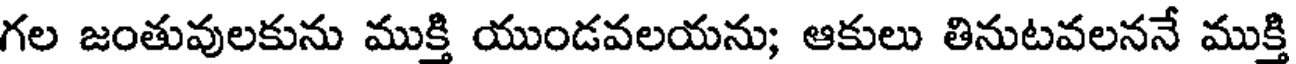
గల జంతువులకును ముక్తి యుండవలయను; ఆకులు తినుటవలననే ముక్తి